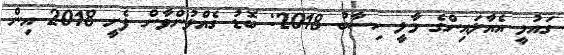
ގައުމީ އެއާލައިންގެ މާލީ ހިސާބު 2018: ބޮޑު ގެއްލުންވާން ފެށީ 2018 އިން